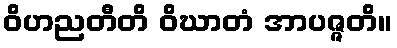
ဝိဟညတီတိ ဝိဃာတံ အာပဇ္ဇတိ။